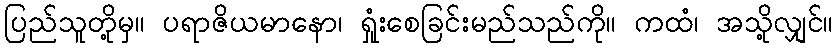
ပြည်သူတို့မှ။ ပရာဇိယမာနော၊ ရှုံးစေခြင်းမည်သည်ကို။ ကထံ၊ အသို့လျှင်။